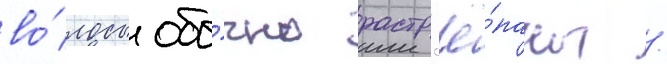
во́лосы обы́чно растр'ё́паны /